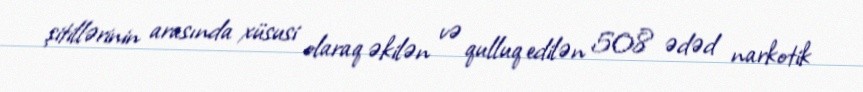
şitillərinin arasında xüsusi olaraq əkilən və qulluq edilən 508 ədəd narkotik